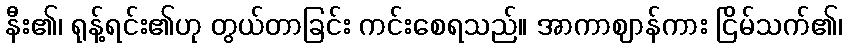
နီး၏၊ ရုန့်ရင်း၏ဟု တွယ်တာခြင်း ကင်းစေရသည်။ အာကာဈာန်ကား ငြိမ်သက်၏၊